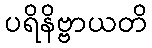
ပရိနိဗ္ဗာယတိ